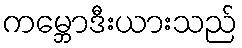
ကမ္ဘောဒီးယားသည်